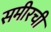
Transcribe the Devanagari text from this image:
समीरची